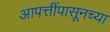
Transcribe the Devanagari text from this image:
आपत्तींपासूनच्या